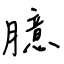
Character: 臆